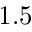
1 . 5